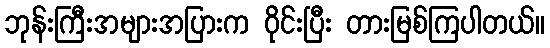
ဘုန်းကြီးအများအပြားက ဝိုင်းပြီး တားမြစ်ကြပါတယ်။